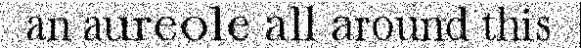
an aureole all around this